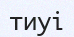
тиуі